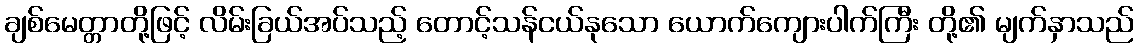
ချစ်မေတ္တာတို့ဖြင့် လိမ်းခြယ်အပ်သည့် တောင့်သန်ငယ်နုသော ယောက်ကျေားပါက်ကြီး တို့၏ မျက်နှာသည်